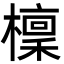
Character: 檁